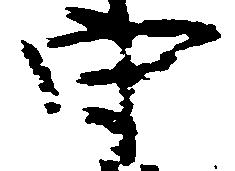
守